Vaccination in Bombay 1863-1868 - 1863-1868
Year: 1863
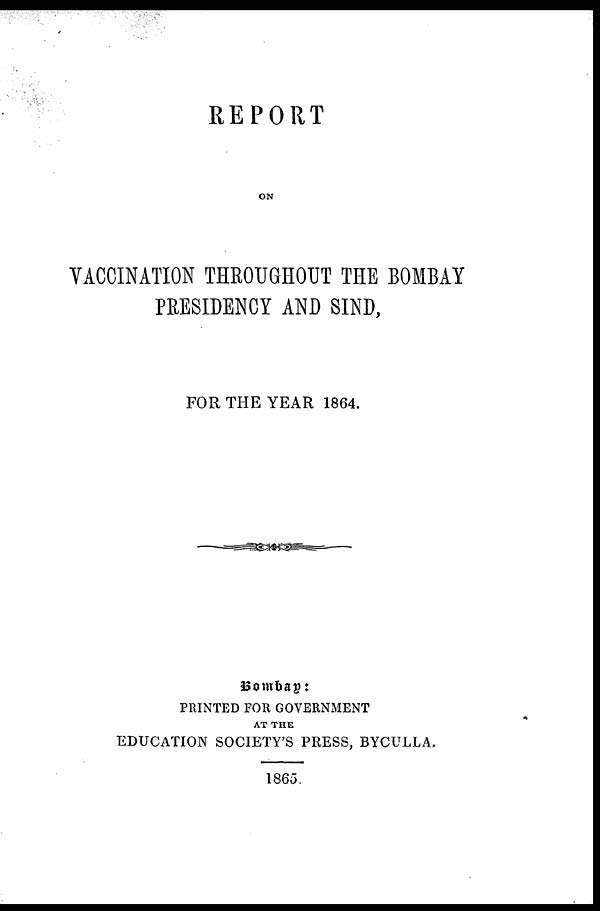
REPORT
ON
VACCINATION THROUGHOUT THE BOMBAY
PRESIDENCY AND SIND,
FOR THE YEAR 1864.
Bombay:
PRINTED FOR GOVERNMENT
AT THE
EDUCATION SOCIETY'S PRESS, BYCULLA.
1865.